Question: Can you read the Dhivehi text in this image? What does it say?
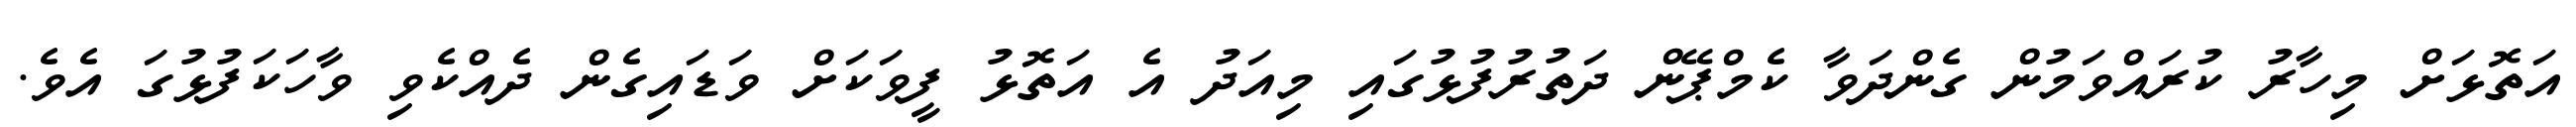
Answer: އަތޮޅަށް މިހާރު ކުރައްވަމުން ގެންދަވާ ކެމްޕޭން ދަތުރުފުޅުގައި މިއަދު އެ އަތޮޅު ފީވަކަށް ވަޑައިގެން ދެއްކެވި ވާހަކަފުޅުގަ އެވެ.